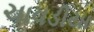
ચાવડીયા